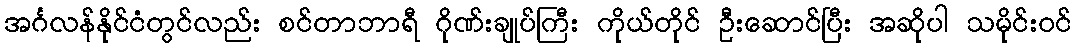
အင်္ဂလန်နိုင်ငံတွင်လည်း စင်တာဘာရီ ဂိုဏ်းချုပ်ကြီး ကိုယ်တိုင် ဦးဆောင်ပြီး အဆိုပါ သမိုင်းဝင်